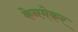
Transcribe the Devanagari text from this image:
केनमेकर